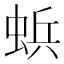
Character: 𮔐